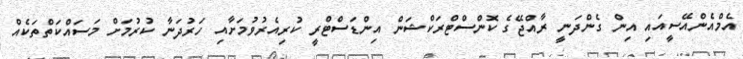
އެމްއެންއޭސީއައި އިން ގެންދަނީ ރާއްޖޭގެ ކޮންސްޓްރަކްޝަން އިންޑަސްޓްރީ ކުރިއެރުވުމަށާއި ހަރުދަނާ ކުރުމަށް މަސައްކަތްތަކެއް